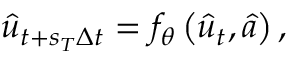
\hat { u } _ { t + s _ { T } \Delta t } = f _ { \theta } \left( \hat { u } _ { t } , \hat { a } \right) ,